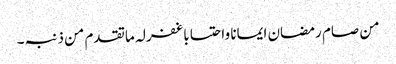
من صام رمضان ایمانا واحتسابا غفرلہ ماتقدم من ذنبہ۔